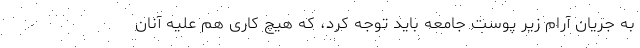
به جریان آرام زیر پوست جامعه باید توجه کرد، که هیچ کاری هم علیه آنان